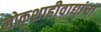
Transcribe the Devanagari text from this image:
लोकशाहीवाद्यांचा